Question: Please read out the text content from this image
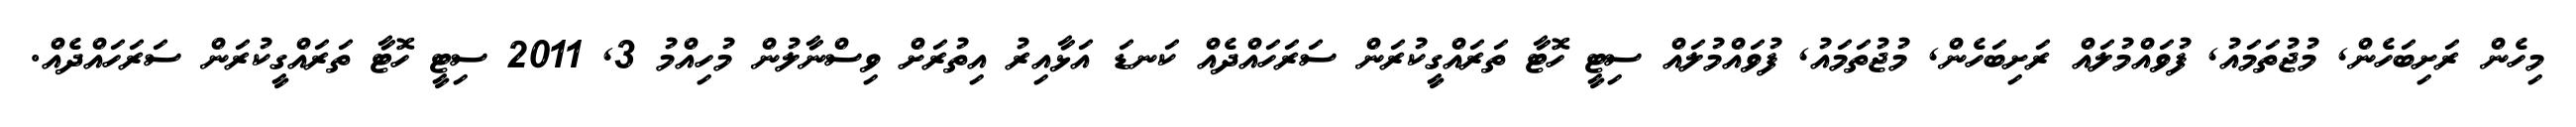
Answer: މިހެން ރަށިބަހެން, މުޖުތަމައު, ފުވައްމުލައް ރަށިބަހެން, މުޖުތަމައު, ފުވައްމުލައް ސިޓީ ހޮޓާ ތަރައްގީކުރަން ސަރަހައްދެއް ކަނޑަ އަޅާއިރު އިތުރަށް ވިސްނާލުން މުހިއްމު 3, 2011 ސިޓީ ހޮޓާ ތަރައްގީކުރަން ސަރަހައްދެއް.